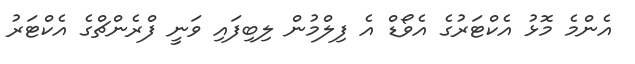
އެންމެ މޮޅު އެކްޓަރުގެ އެވޯޑް އެ ފިލްމުން ލިބިފައި ވަނީ ފްރެންޗްގެ އެކްޓަރު